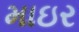
માઇર